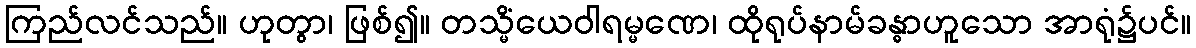
ကြည်လင်သည်။ ဟုတွာ၊ ဖြစ်၍။ တသ္မိံယေဝါရမ္မဏေ၊ ထိုရုပ်နာမ်ခန္ဓာဟူသော အာရုံ၌ပင်။